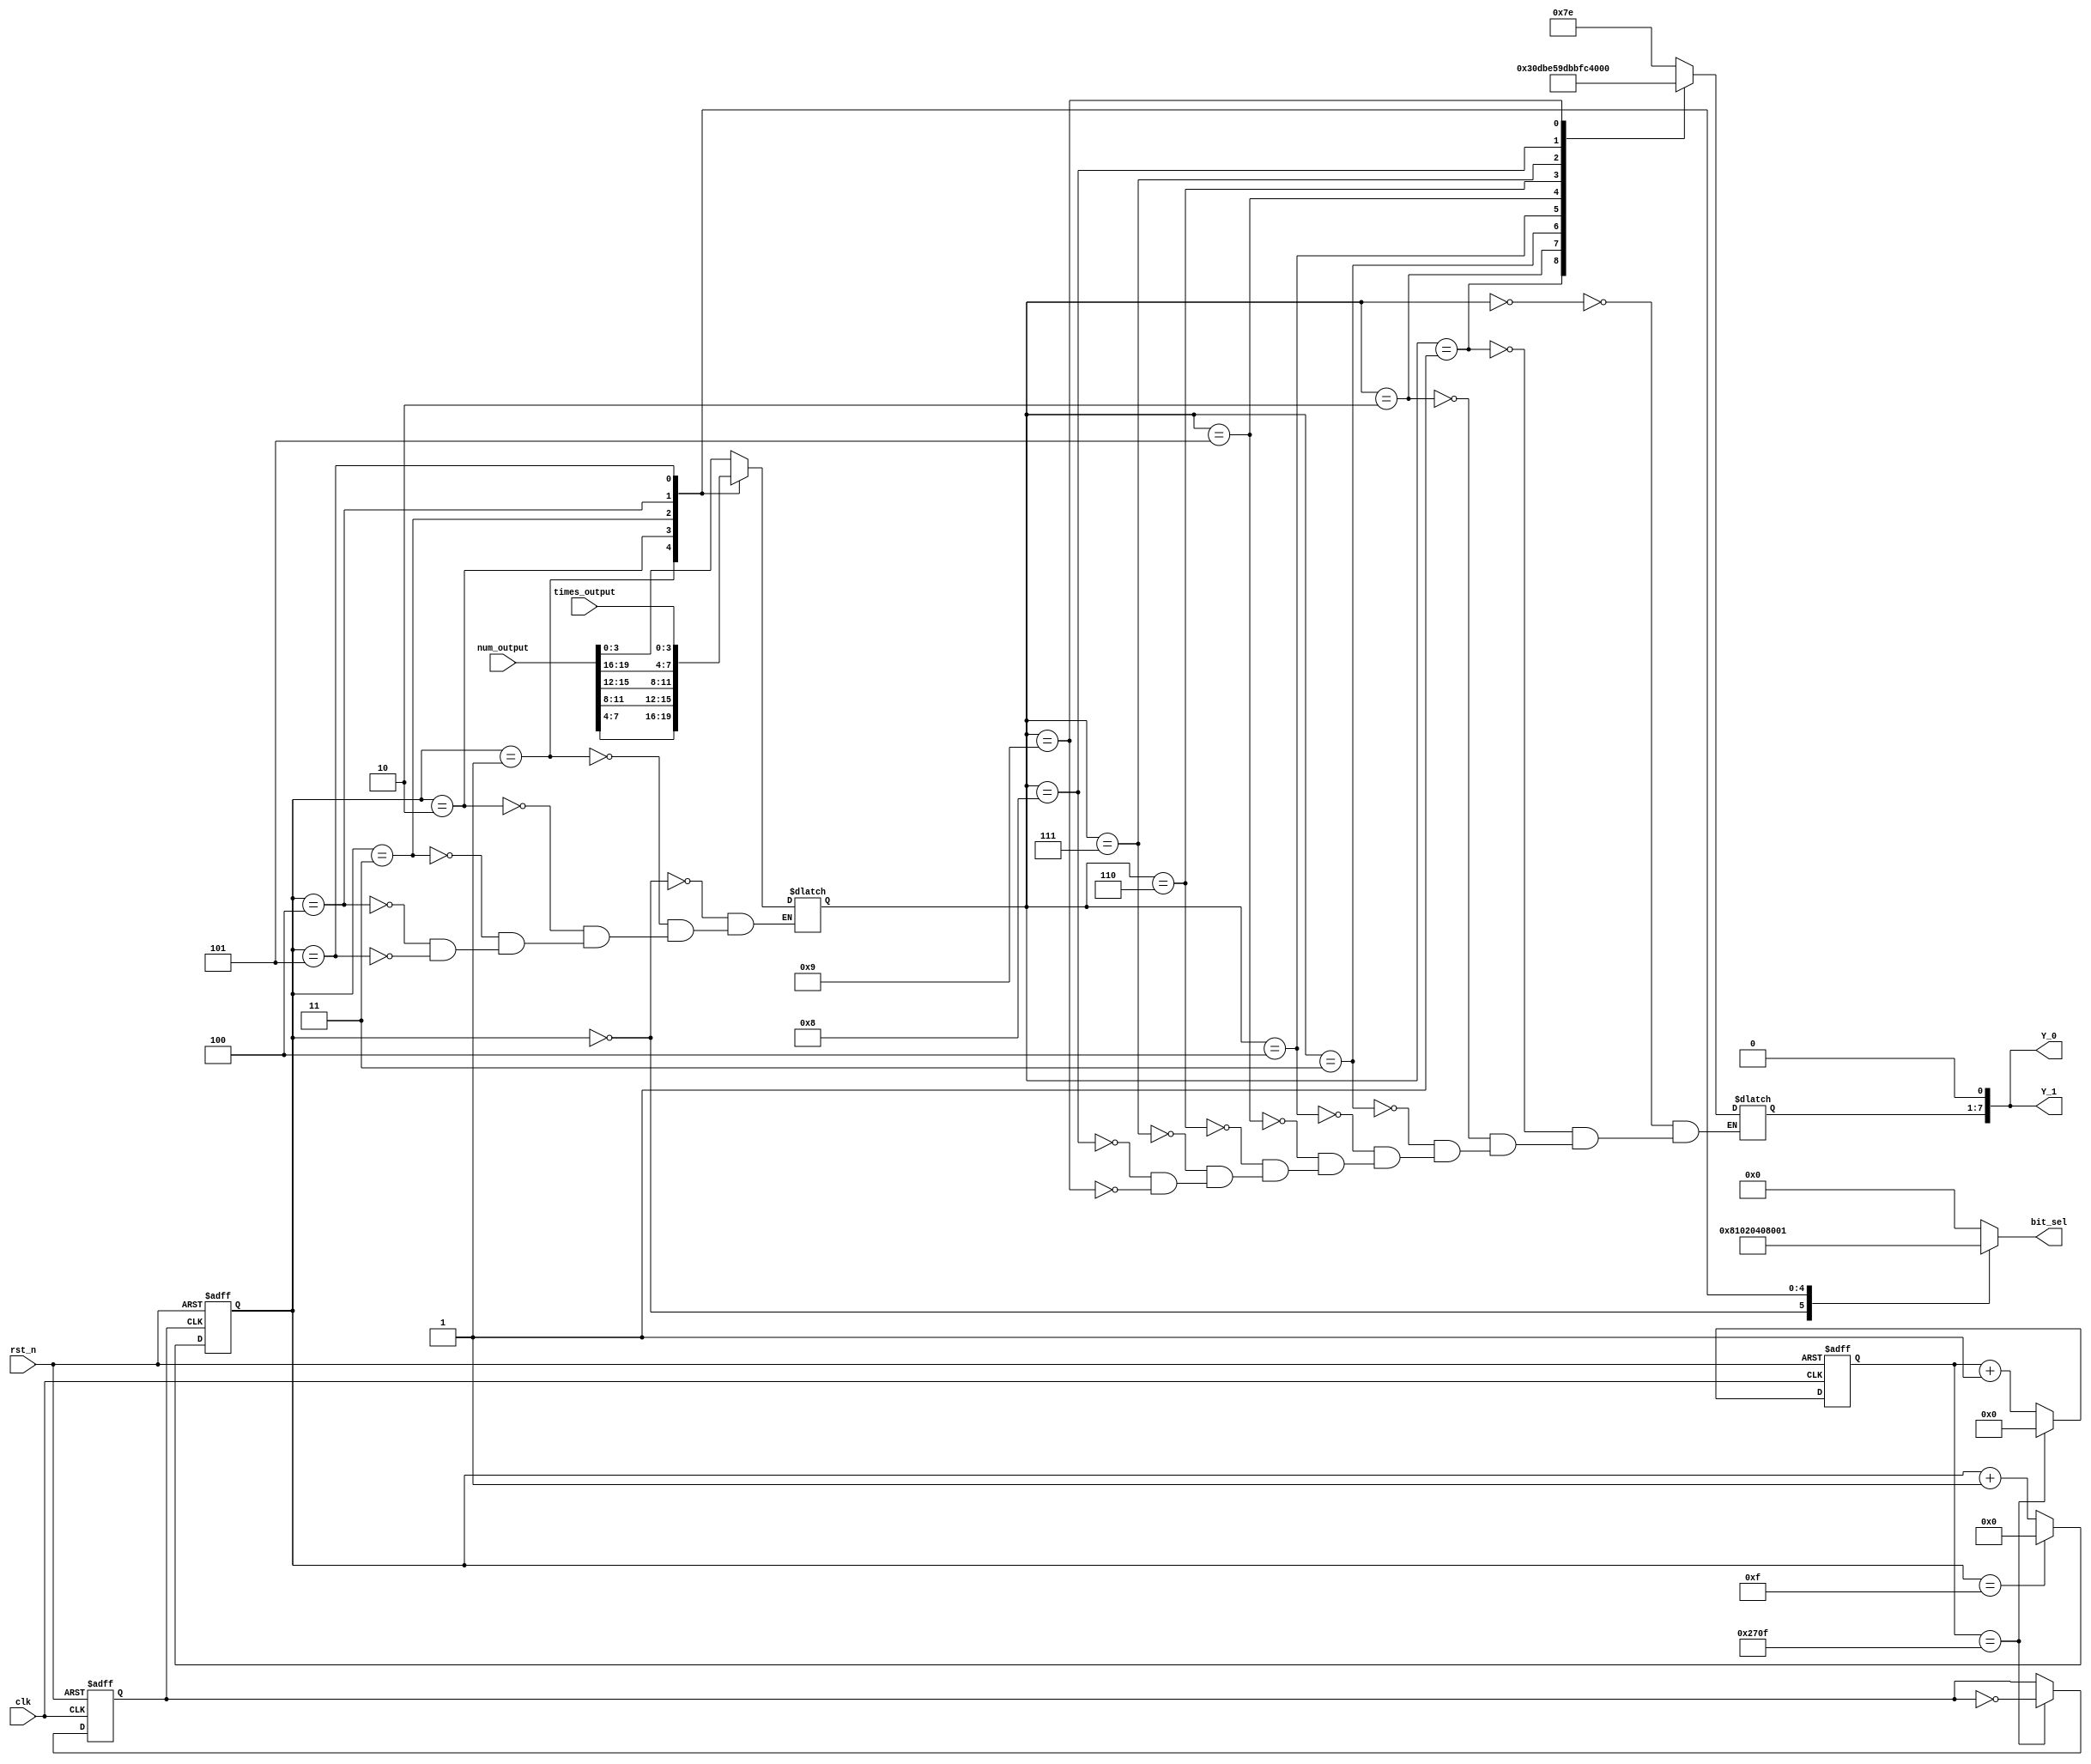
module seven_segment (
    input[19:0] num_output, 
    input[3:0] times_output,
    input clk, 
    input rst_n,
    output [7:0] bit_sel,
    output [7:0] Y_0,
    output [7:0] Y_1 
);

reg clkout = 0;
reg [31:0] cnt = 0;
reg [3:0] scan_cnt = 0;
reg [6:0] Y_reg;
reg [7:0] bit_sel_reg;
reg [2:0] count = 0;

reg [3:0] digit;
reg [3:0] digits1 = 4'b0000, digits2 = 4'b0000, digits3 = 4'b0000, digits4 = 4'b0000, digits5 = 4'b0000, digits6 = 4'b0000;

parameter period = 20000;
parameter CNT_MAX = 25'd20000000;
reg[24:0] Cnt;

assign Y_0 = {Y_reg, 1'b0};
assign Y_1 = {Y_reg, 1'b0};
assign bit_sel = bit_sel_reg;


always @(posedge clk or negedge rst_n)
begin
    if(!rst_n) begin
        cnt <= 0;
        clkout <= 0;
        end
    else begin
        if(cnt == (period >> 1) - 1) begin
            clkout = ~clkout;
            cnt <= 0;
        end
        else
            cnt <= cnt + 1;
    end
end

always @(posedge clkout or negedge rst_n) begin
    if(!rst_n)
        scan_cnt <= 0;
    else begin
        if(scan_cnt == 4'b1111)
            scan_cnt <= 0;
        else
            scan_cnt <= scan_cnt + 1;
    end
end

always @(scan_cnt) begin
    case(scan_cnt)
        4'b0000: bit_sel_reg = 8'b0000_1000;
        4'b0001: bit_sel_reg = 8'b0001_0000;
        4'b0010: bit_sel_reg = 8'b0010_0000;
        4'b0011: bit_sel_reg = 8'b0100_0000;
        4'b0100: bit_sel_reg = 8'b1000_0000;

        4'b0101: bit_sel_reg = 8'b0000_0001;
        default: bit_sel_reg = 8'b0000_0000;
     endcase
    // case(scan_cnt)
    //     4'b0000: bit_sel_reg = 8'b0000_0001;
    //     4'b0001: bit_sel_reg = 8'b0000_0010;
    //     4'b0010: bit_sel_reg = 8'b0000_0100;
    //     4'b0011: bit_sel_reg = 8'b0000_1000;
    //     4'b0100: bit_sel_reg = 8'b0001_0000;

    //     4'b0101: bit_sel_reg = 8'b0100_0000;
    //     default: bit_sel_reg = 8'b0000_0000;
    //  endcase
end

// always @(posedge clk or negedge rst_n) begin
//     if(!rst_n)
//         Cnt <= 25'd0;
//     else if(switch6 == 1'b1)
//         if(Cnt <= CNT_MAX)
//             Cnt <= Cnt + 1'b1;
//     else
//         Cnt <= 25'd0;
// end

// always @(posedge clk or negedge rst_n) begin
//     if(!rst_n)
//         count <= 1'b0;
//     else if(Cnt == CNT_MAX - 1'b1)
//         if(count == 3'b101)
//            count <= 0;
//         else
//            count <= count + 1;
//     else
//         count <= count;
// end

// always @(posedge switch6) begin
//     if(count == 3'b111)
//         count <= 0;
//     else
//         count <= count + 1;
// end
//

always @(*) begin
    // if (is_duplicated) begin
    //     digits1 = 0;
    //     digits2 = 0;
    //     digits3 = 0;
    //     digits4 = 0;
    //     digits5 = 0;
    //     digits6 = 0;
    // end
    // else begin
        digits1 = num_output[3:0];
        digits2 = num_output[7:4];
        digits3 = num_output[11:8];
        digits4 = num_output[15:12];
        digits5 = num_output[19:16];
        digits6 = times_output;
    // end
end

always @(scan_cnt) begin
    case(scan_cnt)
        0: digit = digits1;
        1: digit = digits2;
        2: digit = digits3;
        3: digit = digits4;
        4: digit = digits5;
        5: digit = digits6;
    endcase
end

always @(scan_cnt) begin
    case(digit)
        4'b0000: Y_reg = 8'b1111_110;
        4'b0001: Y_reg = 8'b0110_000;
        4'b0010: Y_reg = 8'b1101_101;
        4'b0011: Y_reg = 8'b1111_001;
        4'b0100: Y_reg = 8'b0110_011;
        4'b0101: Y_reg = 8'b1011_011;
        4'b0110: Y_reg = 8'b1011_111;
        4'b0111: Y_reg = 8'b1110_000;
        4'b1000: Y_reg = 8'b1111_111;
        4'b1001: Y_reg = 8'b1110_011;
    endcase
end

endmodule